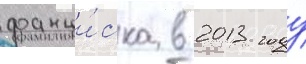
франци́ска в 2013 году